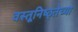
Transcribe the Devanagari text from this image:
वस्तूनिष्ठ्तेच्या